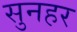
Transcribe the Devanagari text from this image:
सुनहर